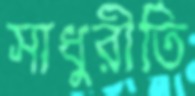
সাধুরীতি